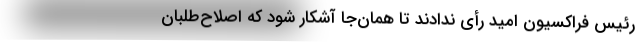
رئیس فراکسیون امید رأی ندادند تا همان‌جا آشکار شود که اصلاح‌طلبان